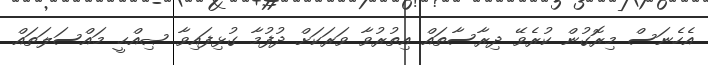
އެހެނަސް މިރޮގުން ކުރެވޭ ދިރާސާތައް އިތުރުވާ ވަރަކަށް ދުފުމާ ގުޅިފައިވާ ޞިއްޙީ މައްސަލަތައް